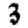
Digit: 3